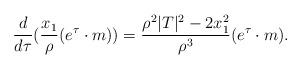
LaTeX: \begin{align*}\frac{d}{d\tau}(\frac{x_1}{\rho}(e^\tau\cdot m)) = \frac{\rho^2|T|^2 - 2x_1^2}{\rho^3}(e^\tau\cdot m).\end{align*}